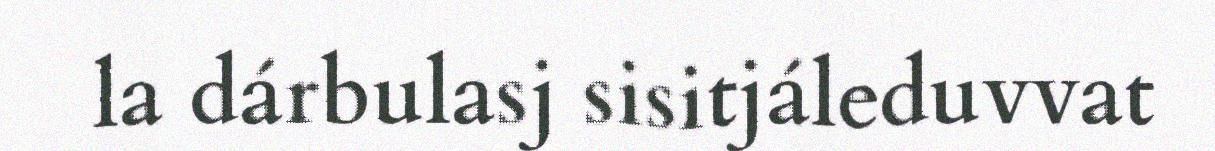
la dárbulasj sisitjáleduvvat